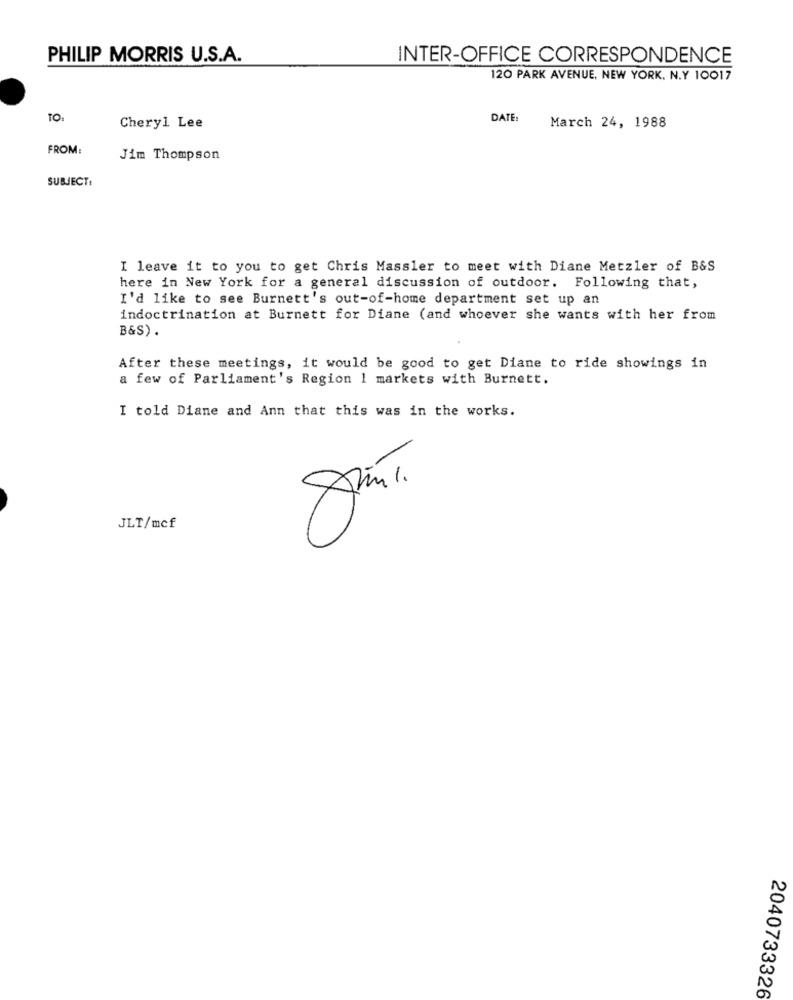
PHILIP MORRIS U.S.A.
INTER-OFFICE CORRESPONDENCE
120 PARK AVENUE, NEW YORK, N.Y 10017
TO:
Cheryl Lee
DATE:
March 24, 1988
FROM:
Jim Thompson
SUBJECT:
I leave it to you to get Chris Massler to meet with Diane Metzler of B&S
here in New York for a general discussion of outdoor. Following that,
I'd like to see Burnett's out-of-home department set up an
indoctrination at Burnett for Diane (and whoever she wants with her from
B&S).
After these meetings, it would be good to get Diane to ride showings in
a few of Parliament's Region 1 markets with Burnett.
I told Diane and Ann that this was in the works.
=
JLT/mcf
2040733326